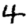
Digit: 4